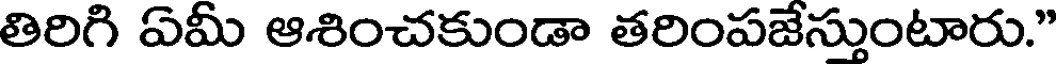
తిరిగి ఏమీ ఆశించకుండా తరింపజేస్తుంటారు."